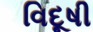
વિદૂષી